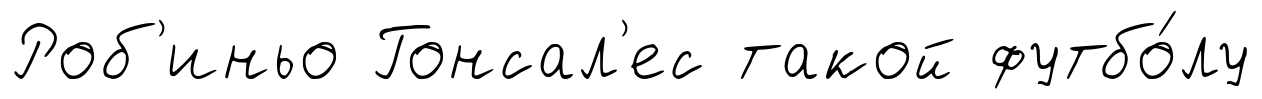
Роб'иньо Гонсал'ес такой футбо́лу